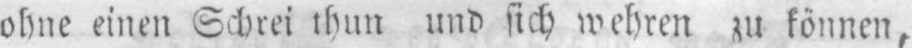
ohne einen Schrei thun und sich wehren zu können,